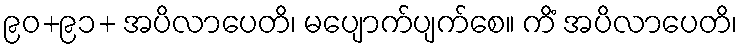
၉၀+၉၁+ အပိလာပေတိ၊ မပျောက်ပျက်စေ။ ကိံ အပိလာပေတိ၊